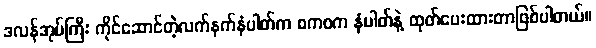
ဒလန်အုပ်ကြီး ကိုင်ဆောင်တဲ့လက်နက်နံပါတ်က စကစက နံပါတ်နဲ့ ထုတ်ပေးထားတာဖြစ်ပါတယ်။